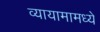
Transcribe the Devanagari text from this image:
व्यायामामध्ये